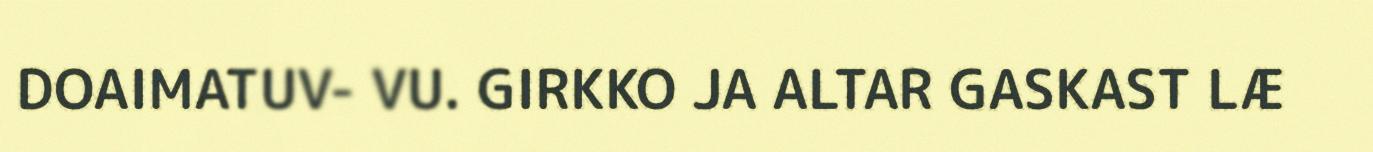
DOAIMATUV- VU. GIRKKO JA ALTAR GASKAST LÆ